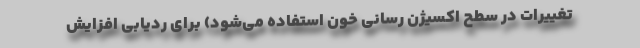
تغییرات در سطح اکسیژن رسانی خون استفاده می‌شود) برای ردیابی افزایش